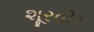
શૂરવીર